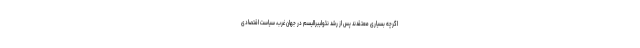
اگرچه بسیاری معتقدند پس از رشد نئولیبرالیسم در جهان غرب، سیاست اقتصادی